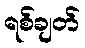
ရစ်ချတ်